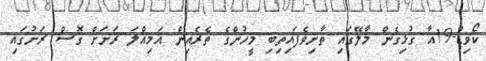
ކޯވިޑް-19އާ ގުޅިގެން މާލޭގައި ތާށިވެފައިތިބި މީހުންގެ ތެރެއިން އަމިއްލަ ރަށަށް ގޮސް ރަށުގައި